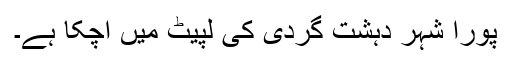
پورا شہر دہشت گردی کی لپیٹ میں آچکا ہے۔